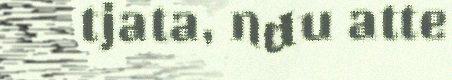
tjata, ndu atte